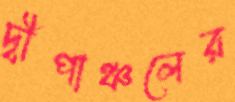
দ্বীপাঞ্চলের